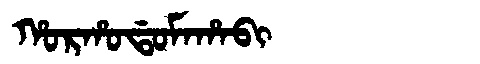
Manchu: ᡥᠣᡵᡥᠣᡩᠣᠮᠠᡥᠠᠪᡳ
Romanization: HORHODOMAHABI